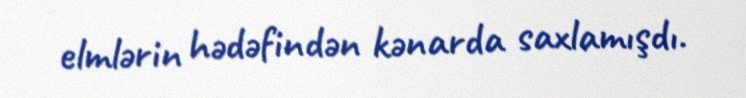
elmlərin hədəfindən kənarda saxlamışdı.